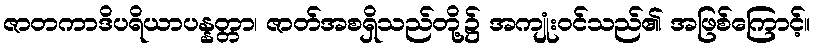
ဇာတကာဒိပရိယာပန္နတ္တာ၊ ဇာတ်အစရှိသည်တို့၌ အကျုံးဝင်သည်၏ အဖြစ်ကြောင့်။